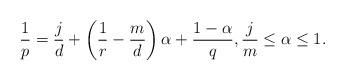
LaTeX: \begin{align*}\frac{1}{p} = \frac{j}{d} + \left ( \frac{1}{r} - \frac{m}{d} \right ) \alpha + \frac{1-\alpha}{q}, \frac{j}{m} \leq \alpha \leq 1.\end{align*}